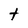
Character: t